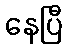
နေပြီ